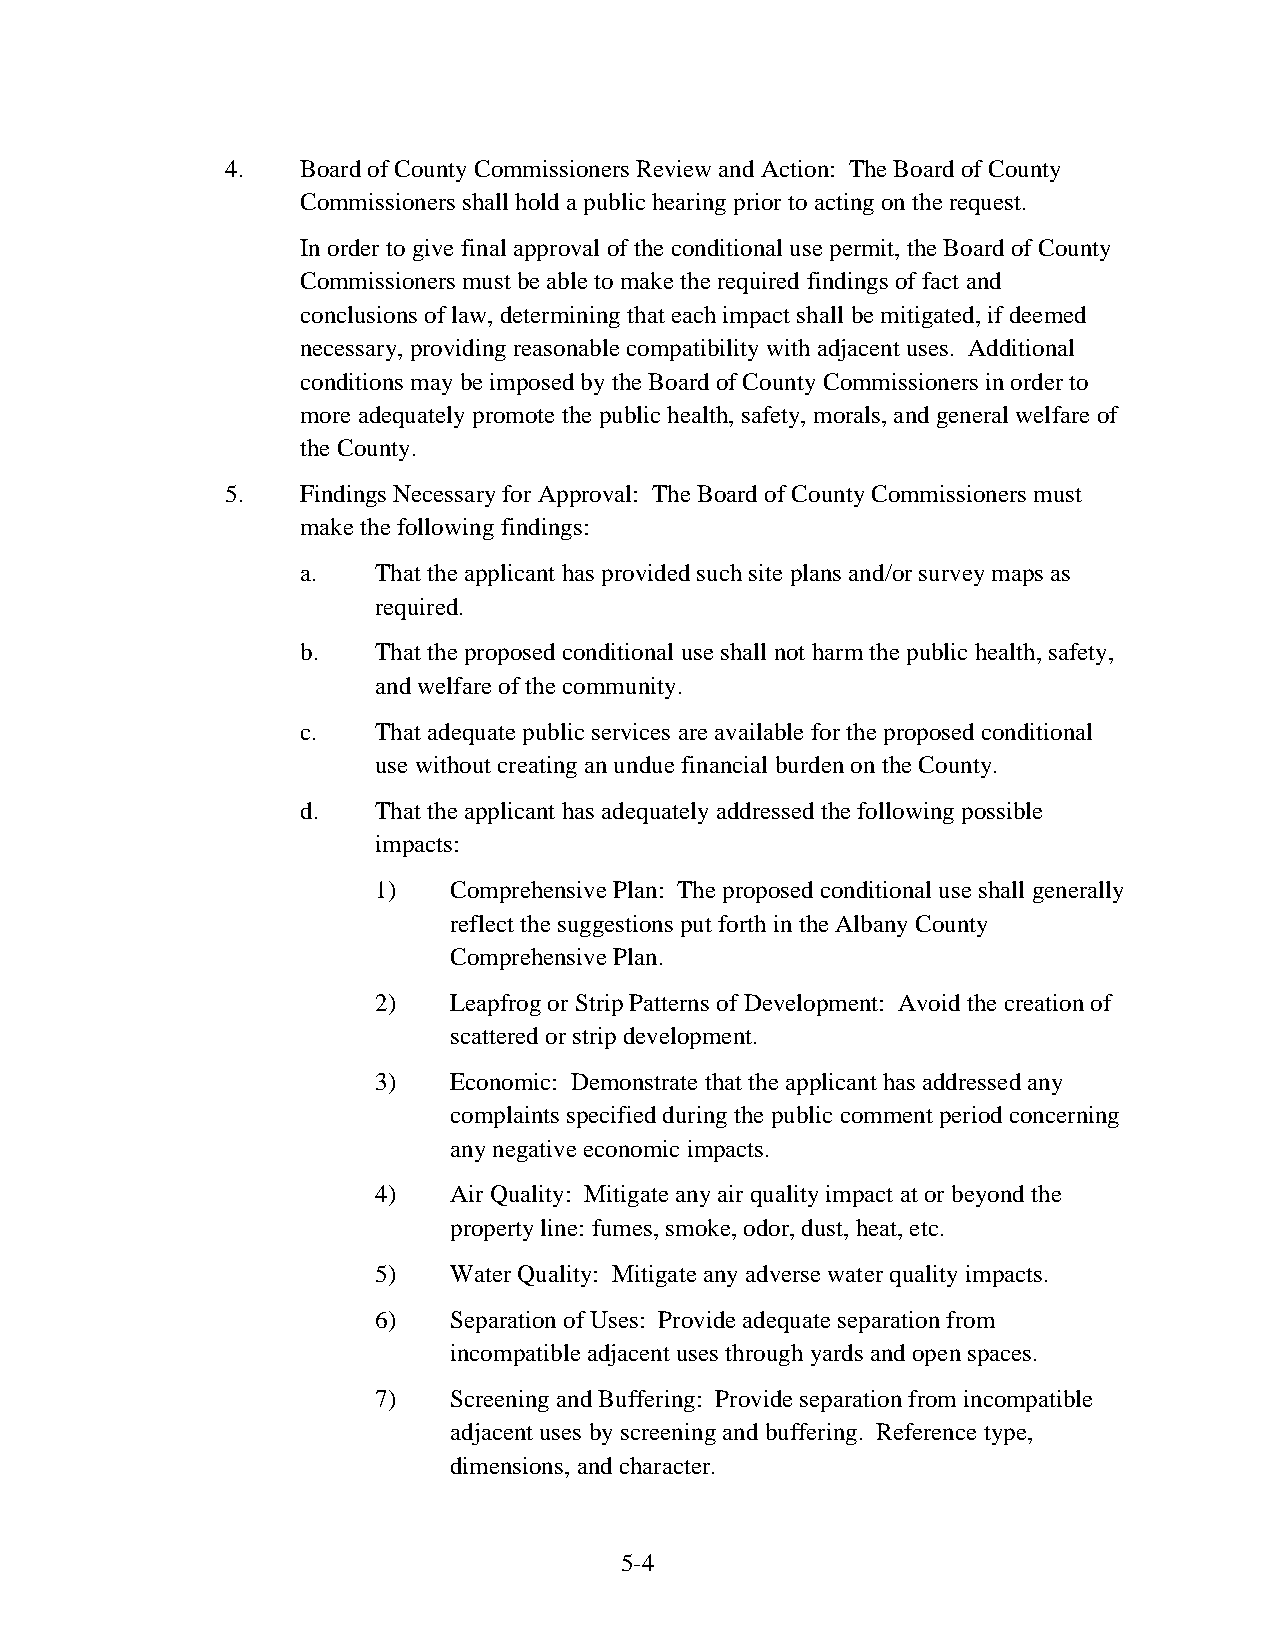
4.   Board of County Commissioners Review and Action: The Board of County
 Commissioners shall hold a public hearing prior to acting on the request.
 In order to give final approval of the conditional use permit, the Board of County
 Commissioners must be able to make the required findings of fact and
 conclusions of law, determining that each impact shall be mitigated, if deemed
 necessary, providing reasonable compatibility with adjacent uses. Additional
 conditions may be imposed by the Board of County Commissioners in order to
 more adequately promote the public health, safety, morals, and general welfare of
 the County.
 5.   Findings Necessary for Approval: The Board of County Commissioners must
 make the following findings:
 a.   That the applicant has provided such site plans and/or survey maps as
 required.
 b.   That the proposed conditional use shall not harm the public health, safety,
 and welfare of the community.
 c.   That adequate public services are available for the proposed conditional
 use without creating an undue financial burden on the County.
 d.   That the applicant has adequately addressed the following possible
 impacts:
 1)   Comprehensive Plan: The proposed conditional use shall generally
 reflect the suggestions put forth in the Albany County
 Comprehensive Plan.
 2)   Leapfrog or Strip Patterns of Development: Avoid the creation of
 scattered or strip development.
 3)   Economic: Demonstrate that the applicant has addressed any
 complaints specified during the public comment period concerning
 any negative economic impacts.
 4)   Air Quality: Mitigate any air quality impact at or beyond the
 property line: fumes, smoke, odor, dust, heat, etc.
 5)   Water Quality: Mitigate any adverse water quality impacts.
 6)   Separation of Uses: Provide adequate separation from
 incompatible adjacent uses through yards and open spaces.
 7)   Screening and Buffering: Provide separation from incompatible
 adjacent uses by screening and buffering. Reference type,
 dimensions, and character.
 5-4